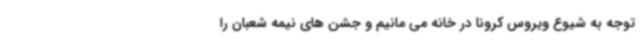
توجه به شیوع ویروس کرونا در خانه می مانیم و جشن های نیمه شعبان را